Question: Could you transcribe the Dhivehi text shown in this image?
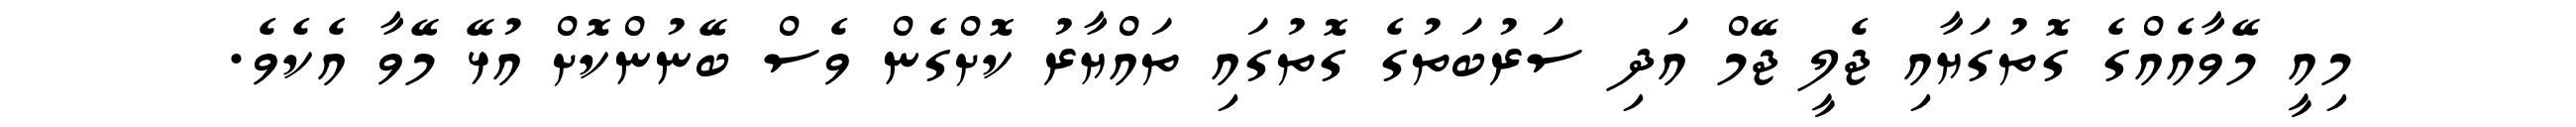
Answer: މިއީ މޭވާއެއްގެ ގޮތުގަޔާއި ޖެލީ ޖޭމް އަދި ސަރުބަތުގެ ގޮތުގައި ތައްޔާރު ކޮށްގެން ވެސް ބޭނުންކޮށް އުޅޭ މޭވާ އެކެވެ.